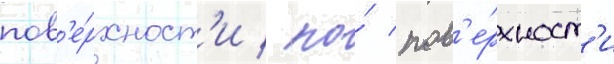
пов'е́рхност'и / по́ пов'е́рхност'и